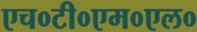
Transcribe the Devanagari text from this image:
एच०टी०एम०एल०